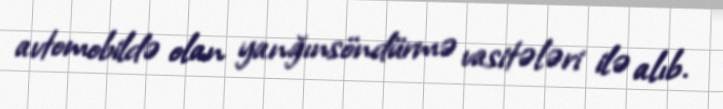
avtomobildə olan yanğınsöndürmə vasitələri ilə alıb.